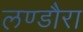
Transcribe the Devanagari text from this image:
लण्डौरा